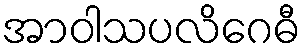
အာဝါသပလိဂေဓီ